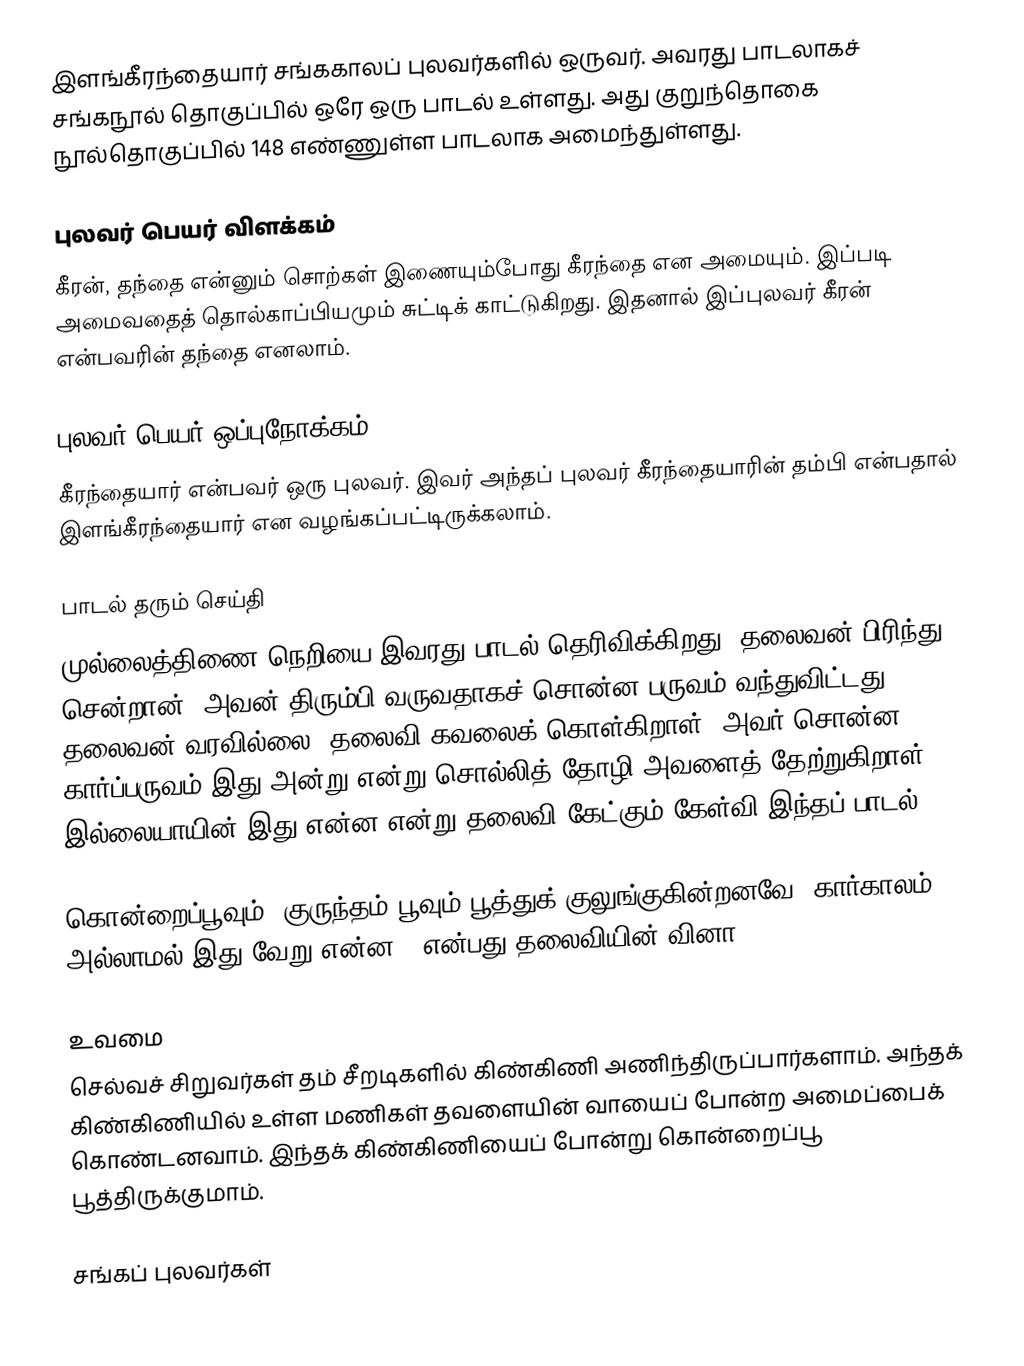
இளங்கீரந்தையார் சங்ககாலப் புலவர்களில் ஒருவர். அவரது பாடலாகச் சங்கநூல் தொகுப்பில் ஒரே ஒரு பாடல் உள்ளது. அது குறுந்தொகை நூல்தொகுப்பில் 148 எண்ணுள்ள பாடலாக அமைந்துள்ளது.

புலவர் பெயர் விளக்கம்
கீரன், தந்தை என்னும் சொற்கள் இணையும்போது கீரந்தை என அமையும். இப்படி அமைவதைத் தொல்காப்பியமும் சுட்டிக் காட்டுகிறது. இதனால் இப்புலவர் கீரன் என்பவரின் தந்தை எனலாம்.

புலவர் பெயர் ஒப்புநோக்கம்
கீரந்தையார் என்பவர் ஒரு புலவர். இவர் அந்தப் புலவர் கீரந்தையாரின் தம்பி என்பதால் இளங்கீரந்தையார் என வழங்கப்பட்டிருக்கலாம்.

பாடல் தரும் செய்தி
முல்லைத்திணை நெறியை இவரது பாடல் தெரிவிக்கிறது. தலைவன் பிரிந்து சென்றான். அவன் திரும்பி வருவதாகச் சொன்ன பருவம் வந்துவிட்டது. தலைவன் வரவில்லை. தலைவி கவலைக்  கொள்கிறாள். அவர் சொன்ன கார்ப்பருவம் இது அன்று என்று சொல்லித் தோழி அவளைத் தேற்றுகிறாள். இல்லையாயின் இது என்ன என்று தலைவி கேட்கும் கேள்வி இந்தப் பாடல்.

கொன்றைப்பூவும், குருந்தம் பூவும் பூத்துக் குலுங்குகின்றனவே, கார்காலம் அல்லாமல் இது வேறு என்ன?, என்பது தலைவியின் வினா.

உவமை
செல்வச் சிறுவர்கள் தம் சீறடிகளில் கிண்கிணி அணிந்திருப்பார்களாம். அந்தக் கிண்கிணியில் உள்ள மணிகள் தவளையின் வாயைப் போன்ற அமைப்பைக் கொண்டனவாம். இந்தக் கிண்கிணியைப் போன்று கொன்றைப்பூ பூத்திருக்குமாம்.

சங்கப் புலவர்கள்